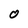
Character: 0